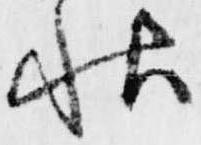
秋